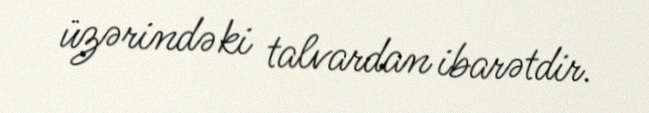
üzərindəki talvardan ibarətdir.